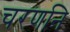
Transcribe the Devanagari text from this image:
चरणनि